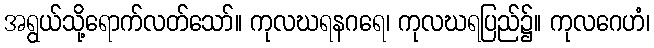
အရွယ်သို့ရောက်လတ်သော်။ ကုလဃရနဂရေ၊ ကုလဃရပြည်၌။ ကုလဂေဟံ၊